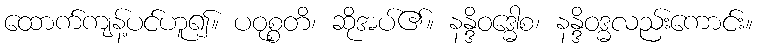
ထောက်ကျန့်ပင်ဟူ၍။ ပဝုစ္စတိ၊ ဆိုအပ်၏။ နန္ဒိဝဒ္ဓေါစ၊ နန္ဒိဝဒ္ဓလည်းကောင်း။